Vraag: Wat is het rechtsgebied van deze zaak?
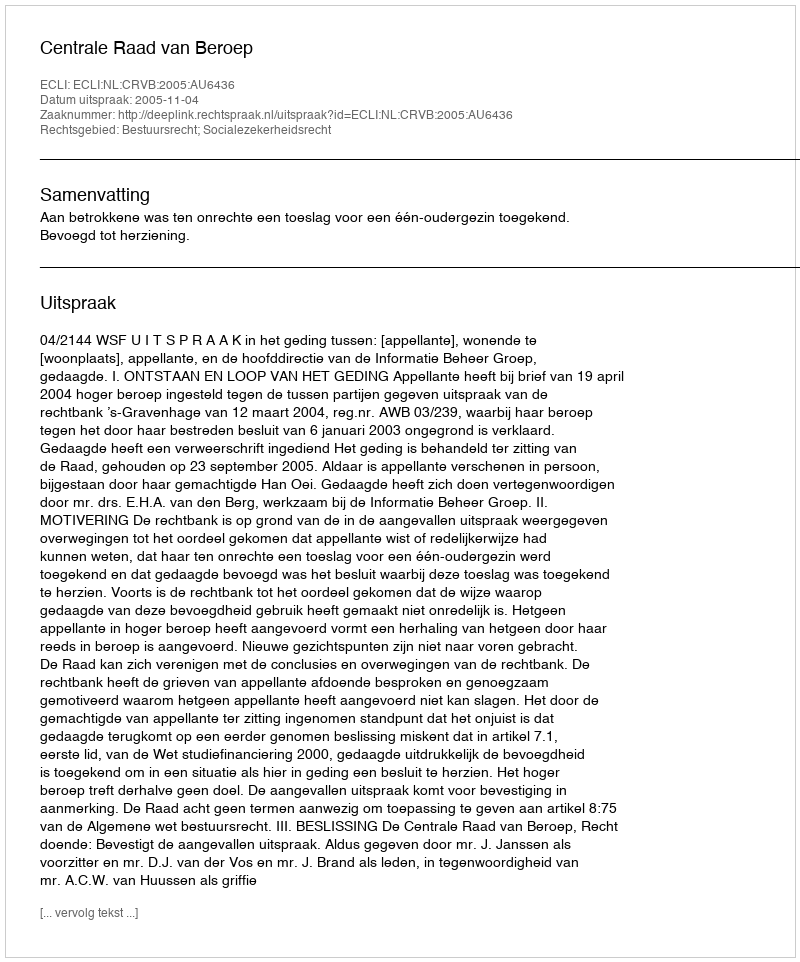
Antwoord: Bestuursrecht; Socialezekerheidsrecht